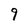
Character: 9